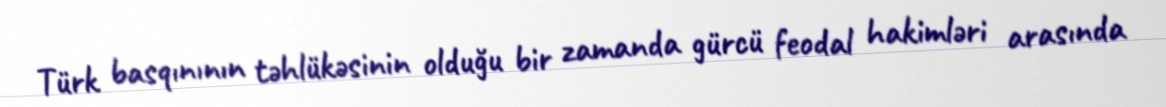
Türk basqınının təhlükəsinin olduğu bir zamanda gürcü feodal hakimləri arasında